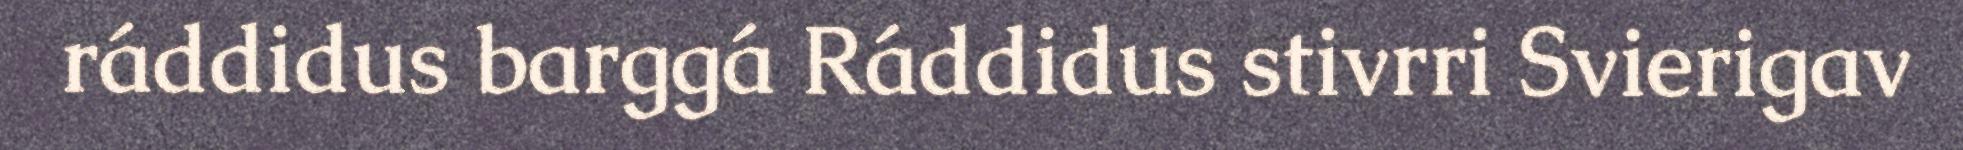
ráddidus barggá Ráddidus stivrri Svierigav